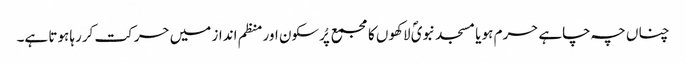
چناں چہ چاہے حرم ہو یا مسجد نبویؐ لاکھوں کا مجمع پُرسکون اور منظم انداز میں حرکت کررہا ہوتا ہے۔